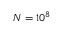
N = 1 0 ^ { 8 }